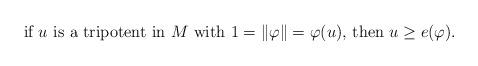
LaTeX: \begin{align*}\hbox{if $u$ is a tripotent in $M$ with $1=\|\varphi\| = \varphi (u)$, then $u \geq e(\varphi)$.}\end{align*}